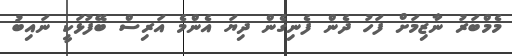
މެމްބަރު ނާޒިމަށް ފަހު ދެން ފެނިގެން ދިޔަ އެންމެ އަރިސް ބޭފުޅަކީ ނައިބު